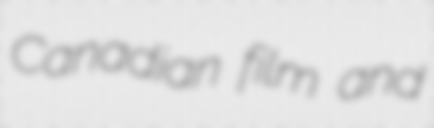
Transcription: Canadian film and